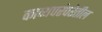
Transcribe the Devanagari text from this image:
काव्यपरंपरेतील